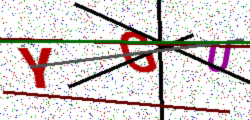
Text: YGU